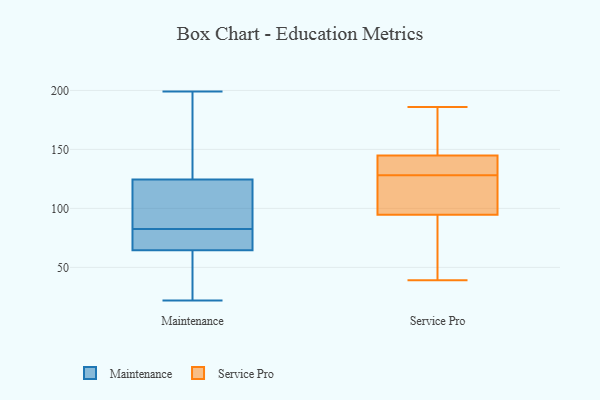
{"axis": {"x": "Customer Acquisition Cost (USD)", "y": "Value"}, "legend": ["Maintenance", "Service Pro"], "data": [{"x": "", "y": 199, "type": "Maintenance"}, {"x": "", "y": 167, "type": "Maintenance"}, {"x": "", "y": 63, "type": "Maintenance"}, {"x": "", "y": 37, "type": "Maintenance"}, {"x": "", "y": 127, "type": "Maintenance"}, {"x": "", "y": 73, "type": "Maintenance"}, {"x": "", "y": 104, "type": "Maintenance"}, {"x": "", "y": 86, "type": "Maintenance"}, {"x": "", "y": 122, "type": "Maintenance"}, {"x": "", "y": 74, "type": "Maintenance"}, {"x": "", "y": 170, "type": "Maintenance"}, {"x": "", "y": 38, "type": "Maintenance"}, {"x": "", "y": 79, "type": "Maintenance"}, {"x": "", "y": 22, "type": "Maintenance"}, {"x": "", "y": 87, "type": "Maintenance"}, {"x": "", "y": 66, "type": "Maintenance"}, {"x": "", "y": 145, "type": "Service Pro"}, {"x": "", "y": 128, "type": "Service Pro"}, {"x": "", "y": 186, "type": "Service Pro"}, {"x": "", "y": 144, "type": "Service Pro"}, {"x": "", "y": 126, "type": "Service Pro"}, {"x": "", "y": 105, "type": "Service Pro"}, {"x": "", "y": 142, "type": "Service Pro"}, {"x": "", "y": 39, "type": "Service Pro"}, {"x": "", "y": 159, "type": "Service Pro"}, {"x": "", "y": 91, "type": "Service Pro"}, {"x": "", "y": 56, "type": "Service Pro"}]}